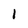
Character: 1